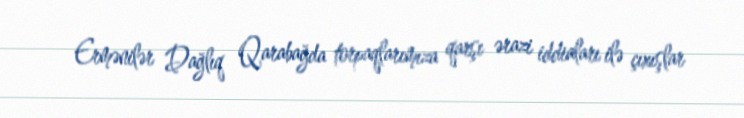
Ermənilər Dağlıq Qarabağda torpaqlarımıza qarşı ərazi iddiaları ilə çıxışlar